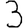
Digit: 3